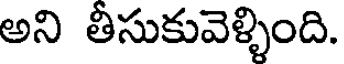
అని తీసుకువెళ్ళింది.